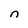
Character: n